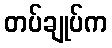
တပ်ချုပ်က